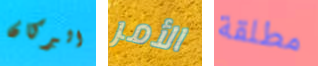
البركان الأمر مطلقة